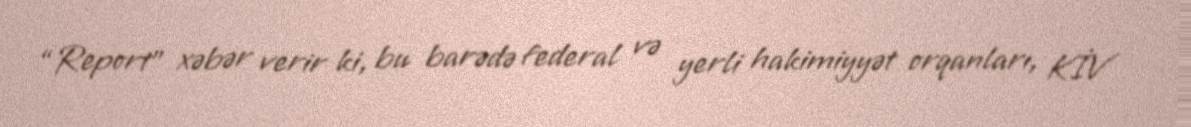
“Report” xəbər verir ki, bu barədə federal və yerli hakimiyyət orqanları, KİV